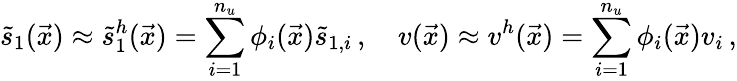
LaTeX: \tilde{s}_{1}(\vec{x})\approx\tilde{s}_{1}^{h}(\vec{x})=\sum_{i=1}^{n_{u}}\phi_{i}(\vec{x})\tilde{s}_{1,i}\, ,\quad v(\vec{x})\approx v^{h}(\vec{x})=\sum_{i=1}^{n_{u}}\phi_{i}(\vec{x})v_{i}\, ,